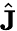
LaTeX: \hat{\mathbf J}